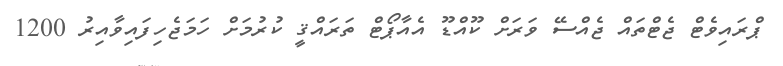
ޕްރައިވެޓް ޖެޓްތައް ޖެއްސޭ ވަރަށް ކޫއްޑޫ އެއާޕޯޓް ތަރައްޤީ ކުރުމަށް ހަމަޖެހިފައިވާއިރު 1200